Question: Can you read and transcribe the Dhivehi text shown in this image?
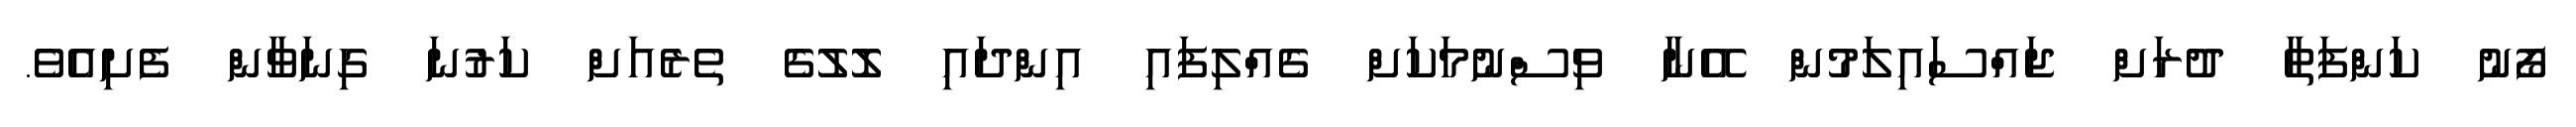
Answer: ފޯނު ކަންފަތާ ދުރަށް ޖައްސައިލަމުން އޭނާ ވިސްނުމަކަށް ގެއްލިފައި އިންދައި ލޮލުގެ ތެރެއަށް ކަރުނަ ގިނަވާން ފެށިއެވެ.